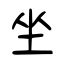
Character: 坐